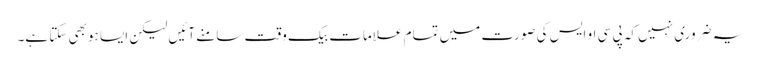
یہ ضروری نہیں کہ پی سی او ایس کی صورت میں تمام علامات بیک وقت سامنے آئیں لیکن ایسا ہوبھی سکتا ہے۔